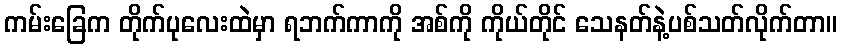
ကမ်းခြေက တိုက်ပုလေးထဲမှာ ရဘက်ကာကို အစ်ကို ကိုယ်တိုင် သေနတ်နဲ့ပစ်သတ်လိုက်တာ။